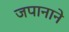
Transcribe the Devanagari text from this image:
जपानाने